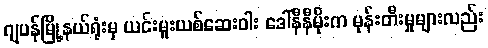
ဂျပန်မြို့နယ်ရုံးမှ ယင်းမူးယစ်ဆေးဝါး ဒေါ်နီနီမိုးက မုန်းတီးမှုများလည်း